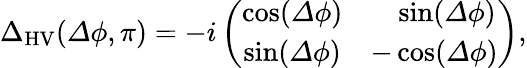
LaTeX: \begin{array}{r}{{\Delta}_{\mathrm{HV}}({\mathit\Delta\phi},\pi)=-i\left(\begin{array}{cc}{\cos({\mathit\Delta\phi})}&{\ \ \ \sin({\mathit\Delta\phi})}\\ {\sin({\mathit\Delta\phi})}&{-\cos({\mathit\Delta\phi})}\end{array}\right),}\end{array}